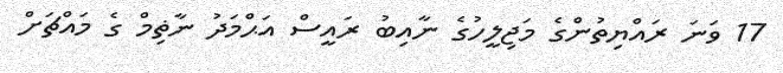
17 ވަނަ ރައްޔިތުންގެ މަޖިލީހުގެ ނާއިބު ރައީސް އަޙްމަދު ނާޡިމް ގެ މައްޗަށް